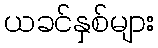
ယခင်နှစ်များ